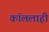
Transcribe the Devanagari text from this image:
कॉललाही